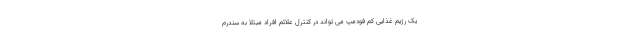
یک رژیم غذایی کم فودمپ می تواند در کنترل علائم افراد مبتلا به سندرم